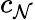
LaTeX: c_{\mathcal{N}}